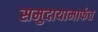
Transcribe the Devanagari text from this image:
समुदायामार्फत